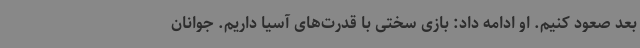
بعد صعود کنیم. او ادامه داد: بازی سختی با قدرت‌های آسیا داریم. جوانان